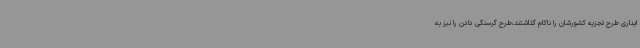
ایداری طرح تجزیه کشورشان را ناکام گذاشتند،طرح گرسنگی دادن را نیز به